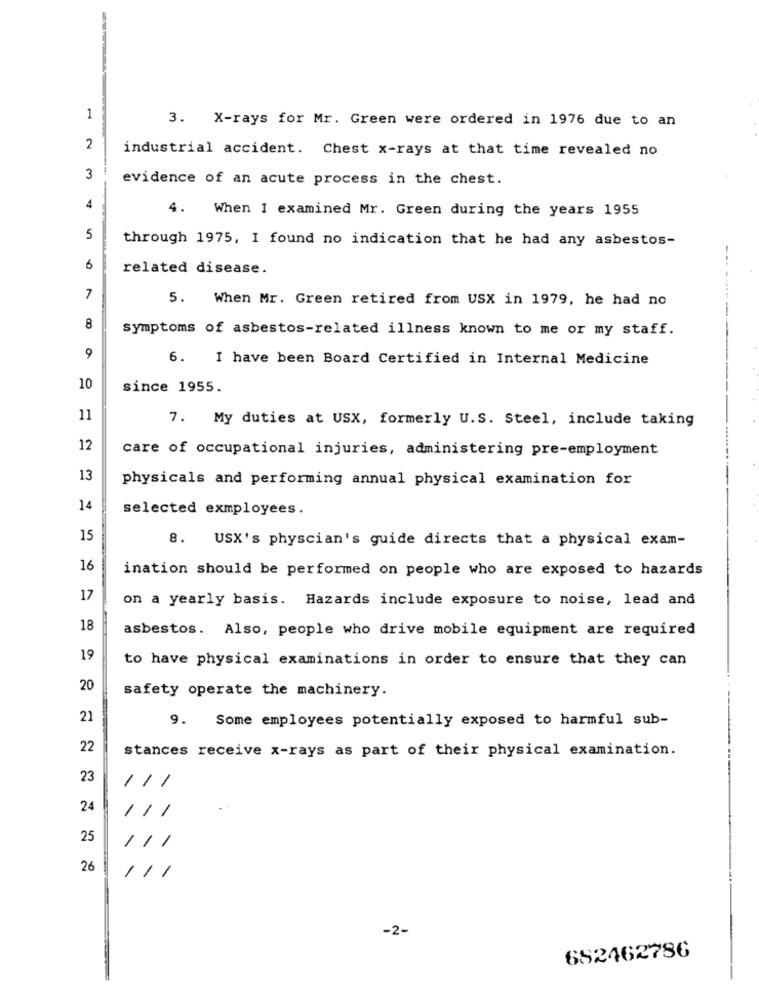
1
3. X-rays for Mr. Green were ordered in 1976 due to an
2
industrial accident. Chest x-rays at that time revealed no
3
evidence of an acute process in the chest.
4
4. When I examined Mr. Green during the years 1955
5
through 1975, I found no indication that he had any asbestos-
6
related disease.
7
5. When Mr. Green retired from USX in 1979, he had no
8
symptoms of asbestos-related illness known to me or my staff.
9
6. I have been Board Certified in Internal Medicine
10
since 1955.
11
7. My duties at USX, formerly U.S. Steel, include taking
12
care of occupational injuries, administering pre-employment
13
physicals and performing annual physical examination for
14
selected exmployees .
15
USX's physcian's guide directs that a physical exam-
16
ination should be performed on people who are exposed to hazards
17
on a yearly basis. Hazards include exposure to noise, lead and
18
asbestos. Also, people who drive mobile equipment are required
19
to have physical examinations in order to ensure that they can
20
safety operate the machinery.
21
Some employees potentially exposed to harmful sub-
9.
22
stances receive x-rays as part of their physical examination.
23
111
24
1
25
/11
26
1/1
-2-
682462786